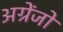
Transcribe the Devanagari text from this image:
अग्रेंजों